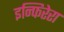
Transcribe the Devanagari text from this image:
इन्फिरेरा